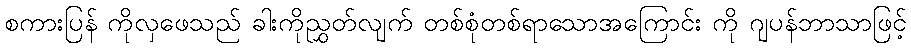
စကားပြန် ကိုလှဖေသည် ခါးကိုညွှတ်လျက် တစ်စုံတစ်ရာသောအကြောင်း ကို ဂျပန်ဘာသာဖြင့်